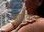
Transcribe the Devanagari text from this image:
सर्पांकार